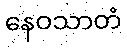
နေဝသာတံ